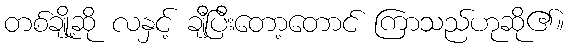
တစ်ချို့ဆို လနှင့် ချီပြီးတော့တောင် ကြာသည်ဟုဆို၏။